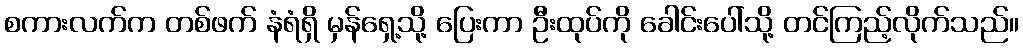
စကားလက်က တစ်ဖက် နံရံရှိ မှန်ရှေ့သို့ ပြေးကာ ဦးထုပ်ကို ခေါင်းပေါ်သို့ တင်ကြည့်လိုက်သည်။